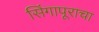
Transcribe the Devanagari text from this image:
सिंगापूराचा